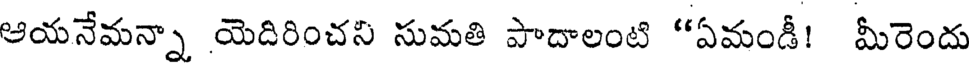
ఆయనేమన్నా యెదిరించని సుమతి పాదాలంటి "ఏమండీ! మీరెందు